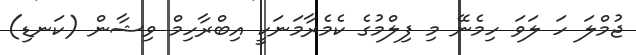
ޖުމްލަ ހަ ލަވަ ހިމެނޭ މި ފިލްމުގެ ކެމެރާމަނަކީ އިބްރާހިމް ވިޝާން (ކަނޑި)